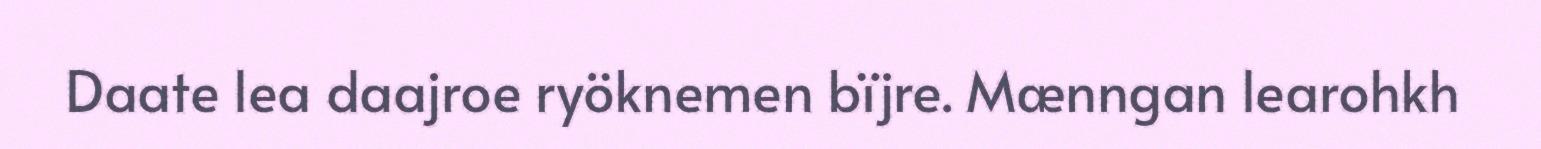
Daate lea daajroe ryöknemen bïjre. Mænngan learohkh